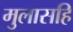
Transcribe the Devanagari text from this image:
मुलासहि